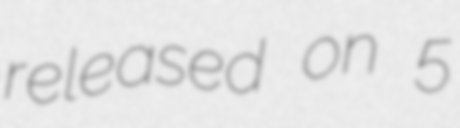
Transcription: released on 5